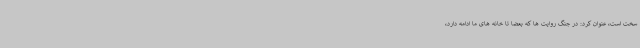
سخت است، عنوان کرد: در جنگ روایت ها که بعضا تا خانه های ما ادامه دارد،